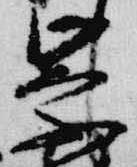
崇